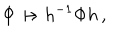
\Phi \mapsto h ^ { - 1 } \Phi h \, ,